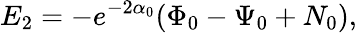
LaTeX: E_{2}=-e^{-2\alpha_{0}}(\Phi_{0}-\Psi_{0}+N_{0}),